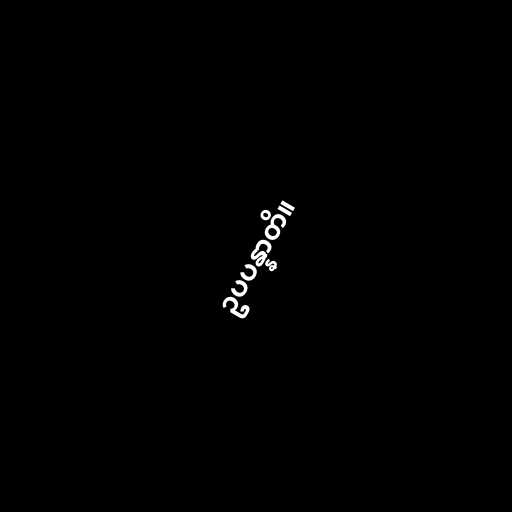
ဥပပန္နာတိ။